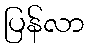
ပြန်လာ